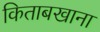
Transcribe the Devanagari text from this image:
किताबखाना